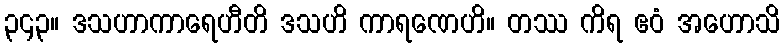
၃၄၃။ ဒသဟာကာရေဟီတိ ဒသဟိ ကာရဏေဟိ။ တဿ ကိရ ဧဝံ အဟောသိ